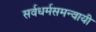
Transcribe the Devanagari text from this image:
सर्वधर्मसमन्‍वायी